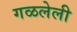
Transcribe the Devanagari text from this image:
गळलेली